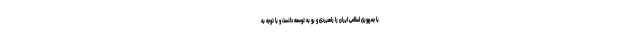
با جمهوری اسلامی ایران را راهبردی و رو به توسعه دانست و با توجه به